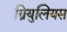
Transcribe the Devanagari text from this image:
ग्रियुलियस